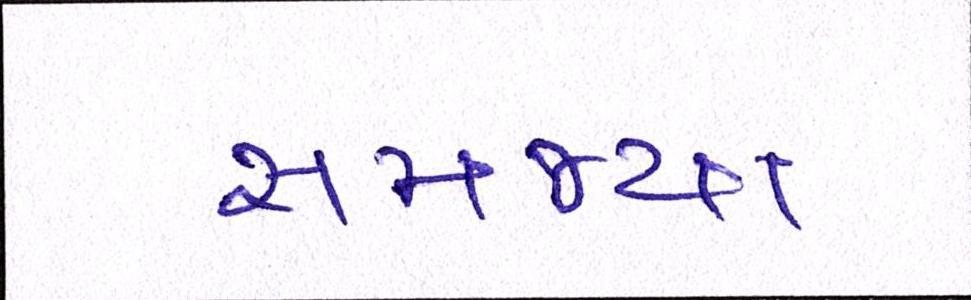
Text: સમજ્યા